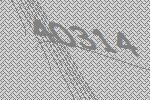
40314